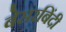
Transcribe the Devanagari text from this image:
बेसरबिंदी